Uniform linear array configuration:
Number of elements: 48
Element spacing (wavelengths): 1
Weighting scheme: exponential
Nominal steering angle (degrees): -15
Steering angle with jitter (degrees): -13.864
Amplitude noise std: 0.05
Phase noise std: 0.05

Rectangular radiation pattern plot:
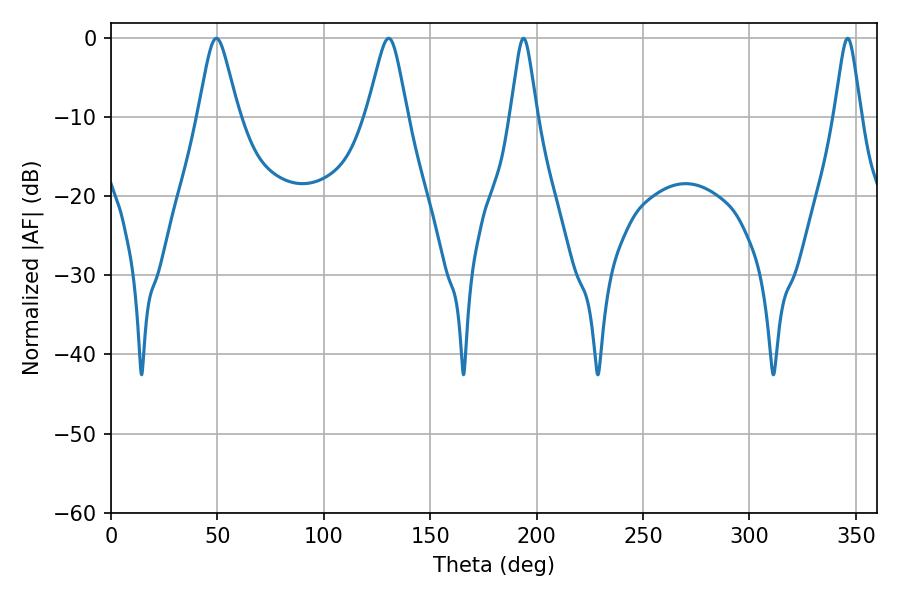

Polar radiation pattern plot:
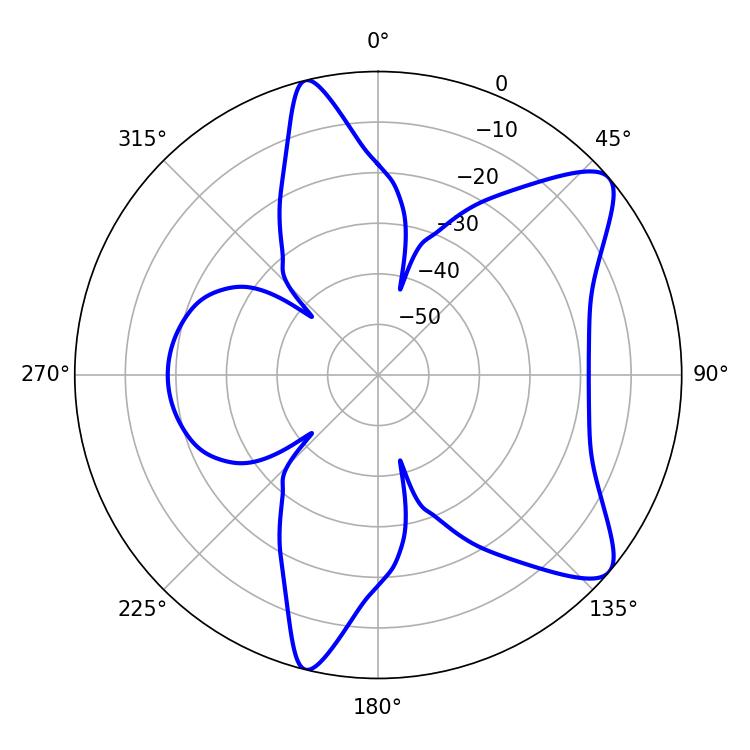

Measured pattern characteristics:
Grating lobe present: TRUE
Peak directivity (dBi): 9.245
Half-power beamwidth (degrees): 5.76
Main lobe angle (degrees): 193.86